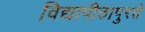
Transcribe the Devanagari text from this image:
विद्यापीठापुरते